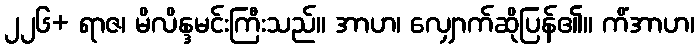
၂၂၆+ ရာဇ၊ မိလိန္ဒမင်းကြီးသည်။ အာဟ၊ လျှောက်ဆိုပြန်၏။ ကိံအာဟ၊